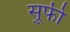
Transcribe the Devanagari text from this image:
स़ूफी